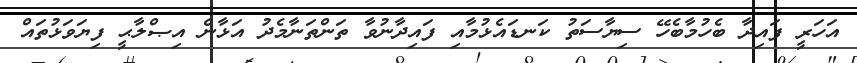
އަހަރީ ފައިދާ ބެހުމާބެހޭ ސިޔާސަތު ކަނޑައެޅުމާއި ފައިދާނުވާ ތަންތަނާމެދު އަޅާނެ އިޞްލާޙީ ފިޔަވަޅުތައް